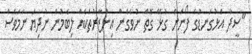
"ސީދާ އަޅުގަނޑުގެ ފޯނަށް ގުޅޭ ގޮތް ނުވެގެން އިންޒާރުތަކެއް ލިބެމުން ނުދިޔަ ނަމަވެސް